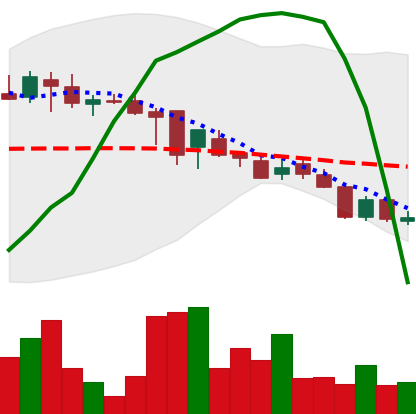
Ticker: DOGE-USD
Chart end date: 2018-08-11
Forward return: -4.659%
Label: down_3_5